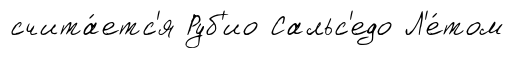
счита́етс'я Руб'ио Сальс'едо Л'е́том